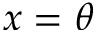
x = \theta